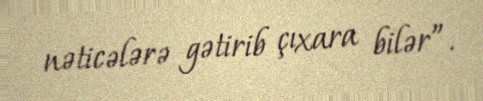
nəticələrə gətirib çıxara bilər”.